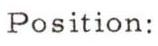
Position: